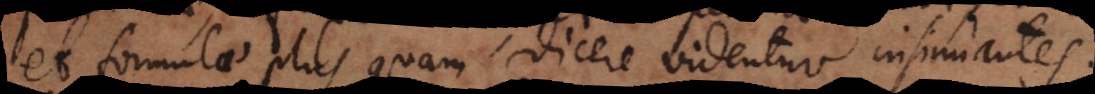
et formulae plus quam dicere videntur insinuantes.